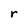
Character: r